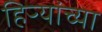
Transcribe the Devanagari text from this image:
हिऱ्यांच्या